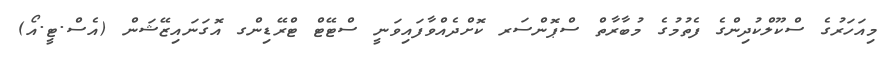
މިއަހަރުގެ ސްކޫލްކުދިންގެ ފެތުމުގެ މުބާރާތް ސްޕޮންސަރ ކޮށްދެއްވާފައިވަނީ ސްޓޭޓް ޓްރޭޑިންގ އޮގަނައިޒޭޝަން (އެސް.ޓީ.އޯ)